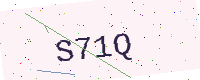
Text: S71Q